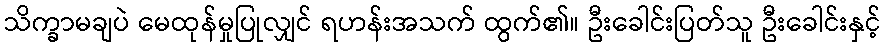
သိက္ခာမချပဲ မေထုန်မှုပြုလျှင် ရဟန်းအသက် ထွက်၏။ ဦးခေါင်းပြတ်သူ ဦးခေါင်းနှင့်